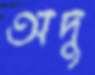
অদু